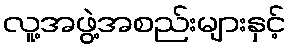
လူ့အဖွဲ့အစည်းများနှင့်